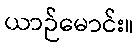
ယာဉ်မောင်း။